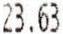
23.63